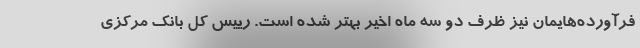
فرآورده‌هایمان نیز ظرف دو سه ماه اخیر بهتر شده است. رییس کل بانک مرکزی